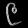
Digit: ၉